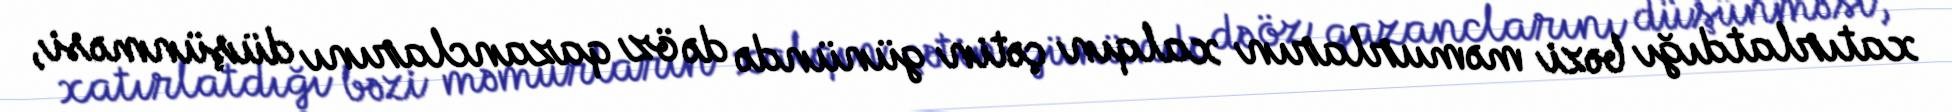
xatırlatdığı bəzi məmurların xalqın çətin günündə də öz qazanclarını düşünməsi,